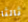
ثالثا